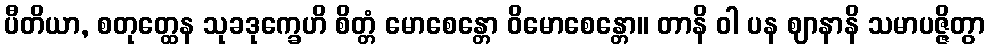
ပီတိယာ, စတုတ္ထေန သုခဒုက္ခေဟိ စိတ္တံ မောစေန္တော ဝိမောစေန္တော။ တာနိ ဝါ ပန ဈာနာနိ သမာပဇ္ဇိတွာ